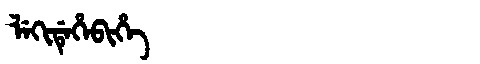
Manchu: ᠯᡝᡴᡳᡩᡝᡥᡝᠪᡳᡥᡝ
Romanization: LEKIDEHEBIHE